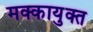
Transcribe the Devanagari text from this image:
मक्कायुक्त